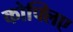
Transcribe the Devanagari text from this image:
कोफ्लिए